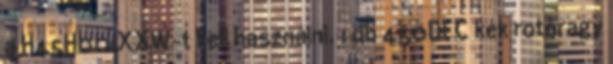
a H45H001XXW-t kell használni. 1 db 450DFC kék rotoragy